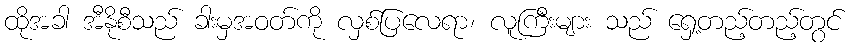
ထိုအခါ အီနိုစီသည် ခါးမှအဝတ်ကို လှစ်ပြလေရာ၊ လူကြီးများ သည် ရှေ့တည့်တည့်တွင်